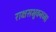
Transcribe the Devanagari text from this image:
राक्षसभुवनच्या